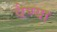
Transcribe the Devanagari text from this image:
वैण्या